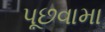
પૂછવામા